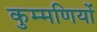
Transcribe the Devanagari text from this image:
कुम्मणियों